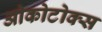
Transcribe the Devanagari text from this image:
ओकोटोक्स